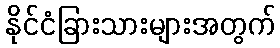
နိုင်ငံခြားသားများအတွက်